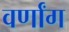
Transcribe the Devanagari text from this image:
वर्णांग